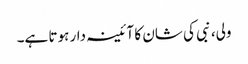
ولی، نبی کی شان کا آئینہ دار ہوتا ہے۔